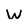
Character: W